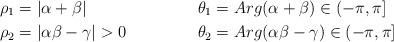
LaTeX: \begin{align*}\rho_{1}&=\left\vert \alpha +\beta \right\vert & \theta _{1}&=Arg(\alpha+\beta )\in(-\pi,\pi] \\\rho_{2}&=\left\vert \alpha \beta -\gamma \right\vert>0 &\theta_{2}&=Arg(\alpha \beta -\gamma )\in(-\pi,\pi]\end{align*}